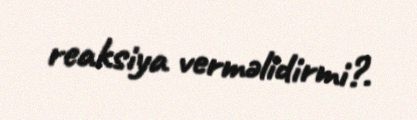
reaksiya verməlidirmi?.